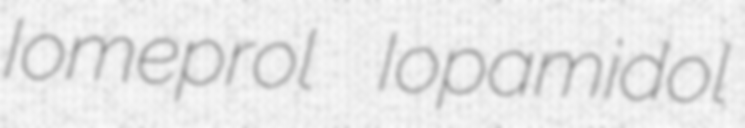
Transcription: Iomeprol Iopamidol